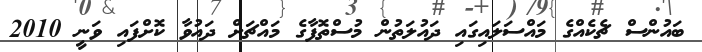
ބައުންސް ޗެކެއްގެ މައްސަލައިގައި ދައުލަތުން މުސްތޮފާގެ މައްޗަށް ދައުވާ ކޮށްފައި ވަނީ 2010